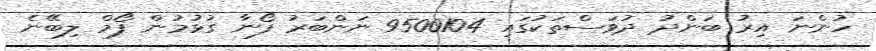
ހުންނަ އިރު ބަންދު ދުވަސްތަކުގައި 9500104 ނަންބަރު ފޯނާ ގުޅުމުން ފޯމް ލިބޭނެ